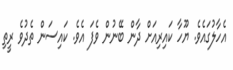
އެހާލުގައެވެ. ޔޫހާ ކައިރިއަށް ދާން ބޭނުން ވެފަ އެވެ. ކައިސަން ތެދުވެ ރީތި